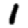
Digit: 1